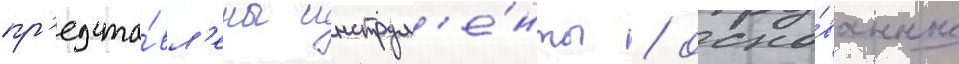
пр'едста́вл'ены инструм'е́нты / осно́ванные